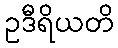
ဥဒီရိယတိ